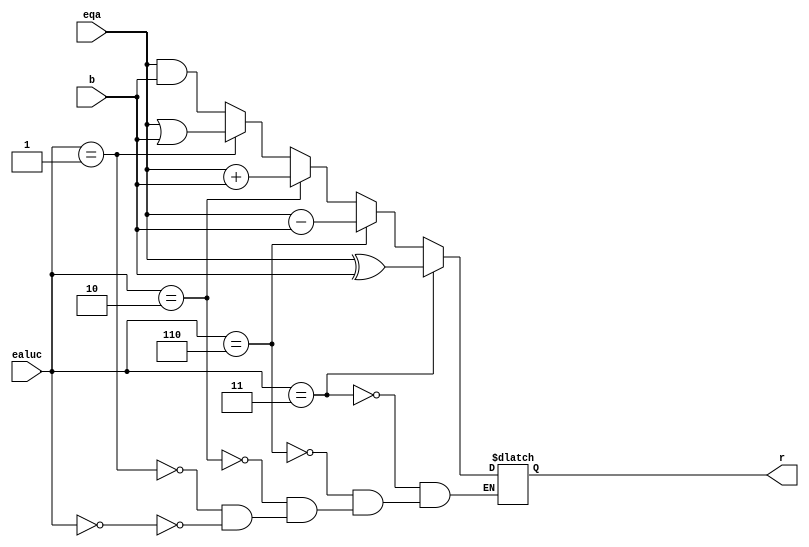
`timescale 1ns / 1ps
//////////////////////////////////////////////////////////////////////////////////
// Company: 
// Engineer: 
// 
// Design Name: 
// Module Name: alu
// Project Name: 
// Target Devices: 
// Tool Versions: 
// Description: 
// 
// Dependencies: 
// 
// Revision:
// Revision 0.01 - File Created
// Additional Comments:
// 
//////////////////////////////////////////////////////////////////////////////////


module alu(
    input [31:0] eqa,
    input [31:0] b,
    input [3:0] ealuc,
    output reg [31:0] r
    );
    always @(*) begin
        if (ealuc == 'b0000) begin
            r <= eqa & b;
        end
        if (ealuc == 'b0001) begin
            r <= eqa | b;
        end
        if (ealuc == 'b0010) begin
            r <= eqa + b;
        end
        if (ealuc == 'b0110) begin
            r <= eqa - b;
        end
        if (ealuc == 'b0011) begin
            r <= eqa ^ b;
        end
    end
endmodule